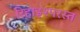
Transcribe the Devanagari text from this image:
रिहाइश्परस्त